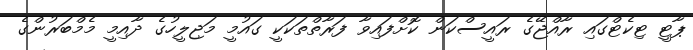
ޕާޓީ ޓިކެޓްގައި ރާއްޖޭގެ ރައީސްކަން ކޮށްފައިވާ ފަރާތްތަކަކީ ގައުމީ މަޖިލީހުގެ ދާއިމީ މެމްބަރުންގެ